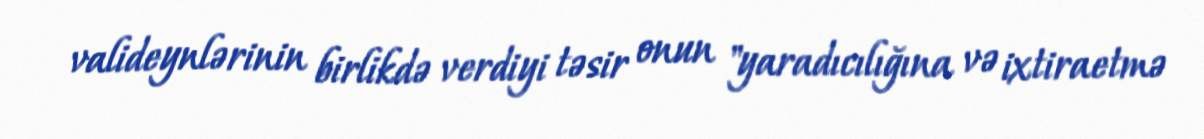
valideynlərinin birlikdə verdiyi təsir onun "yaradıcılığına və ixtiraetmə